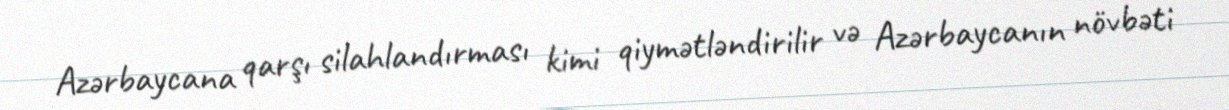
Azərbaycana qarşı silahlandırması kimi qiymətləndirilir və Azərbaycanın növbəti